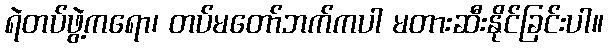
ရဲတပ်ဖွဲ့ကရော၊ တပ်မတော်ဘက်ကပါ မတားဆီးနိုင်ခြင်းပါ။